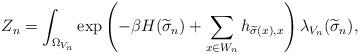
LaTeX: \begin{align*}Z_n=\int_{\Omega_{V_n}} \exp\left(-\beta H({\widetilde\sigma}_n)+\sum_{x\in W_n}h_{{\widetilde\sigma}(x),x}\right)\lambda_{V_n}(\widetilde{\sigma}_{n}),\end{align*}